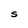
Character: S